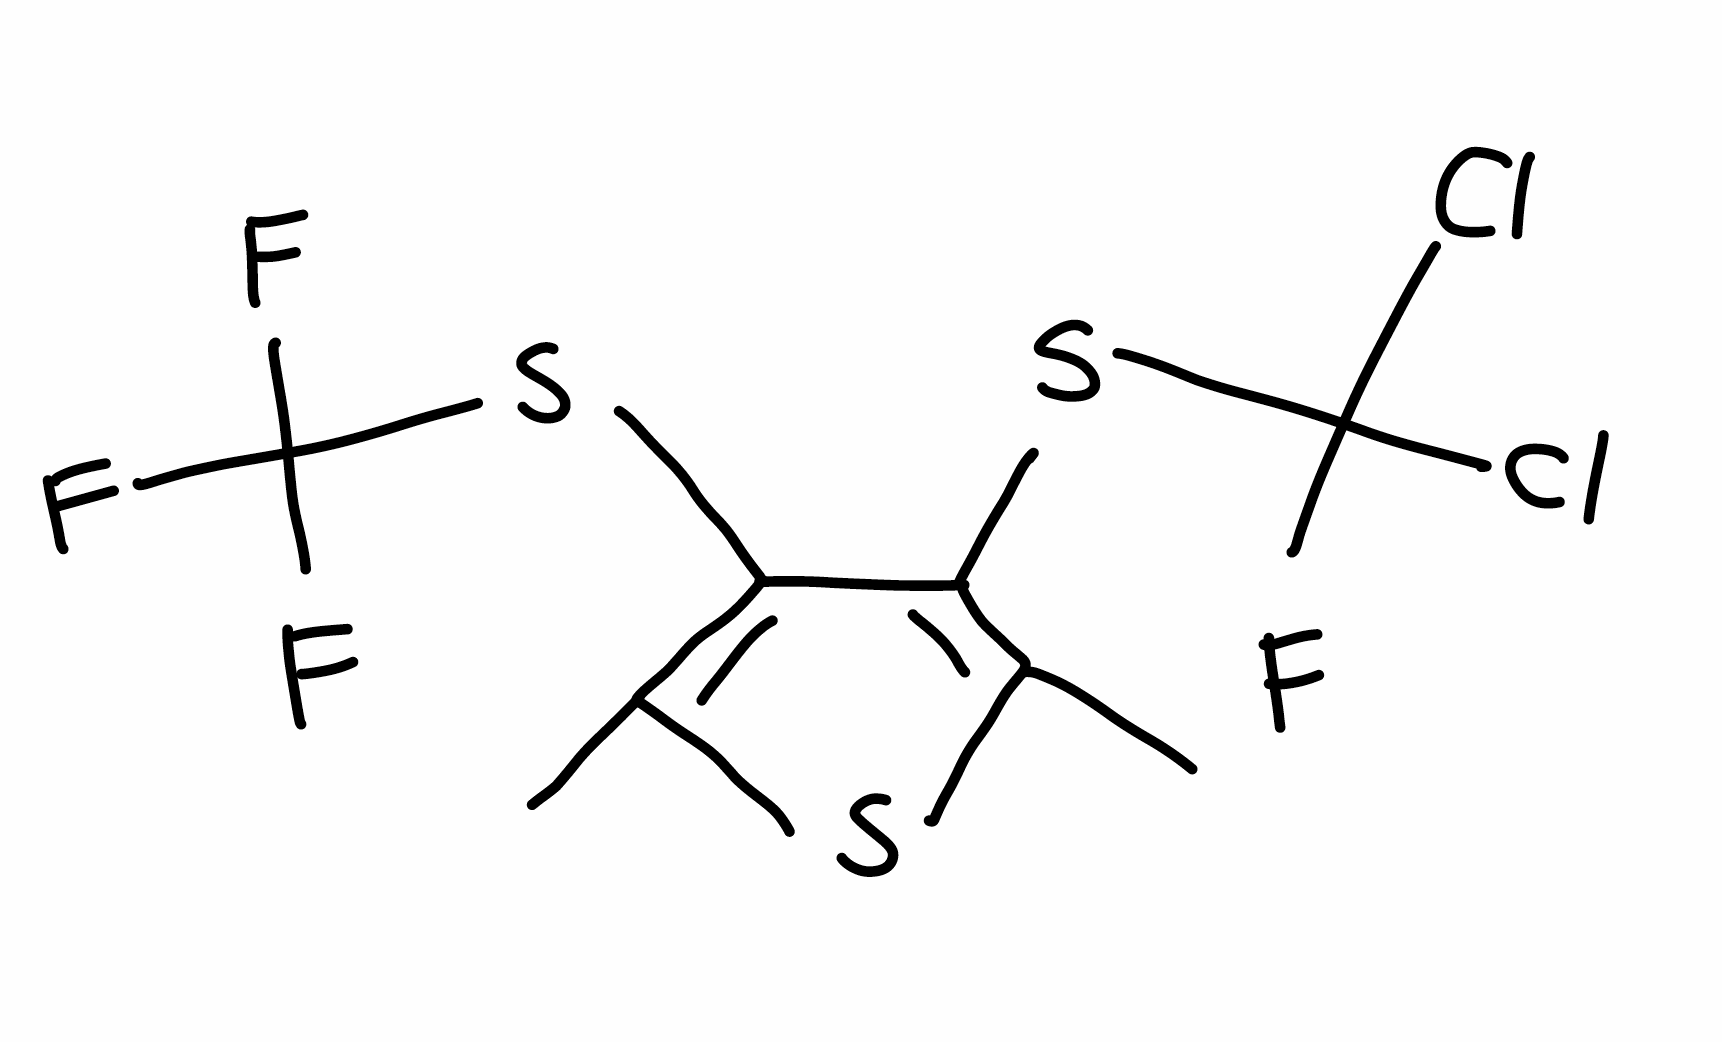
Simplified molecular-input line-entry system (SMILES) notation of the given molecule:
CC1=C(C(=C(S1)C)SC(F)(Cl)Cl)SC(F)(F)F